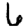
Digit: 6